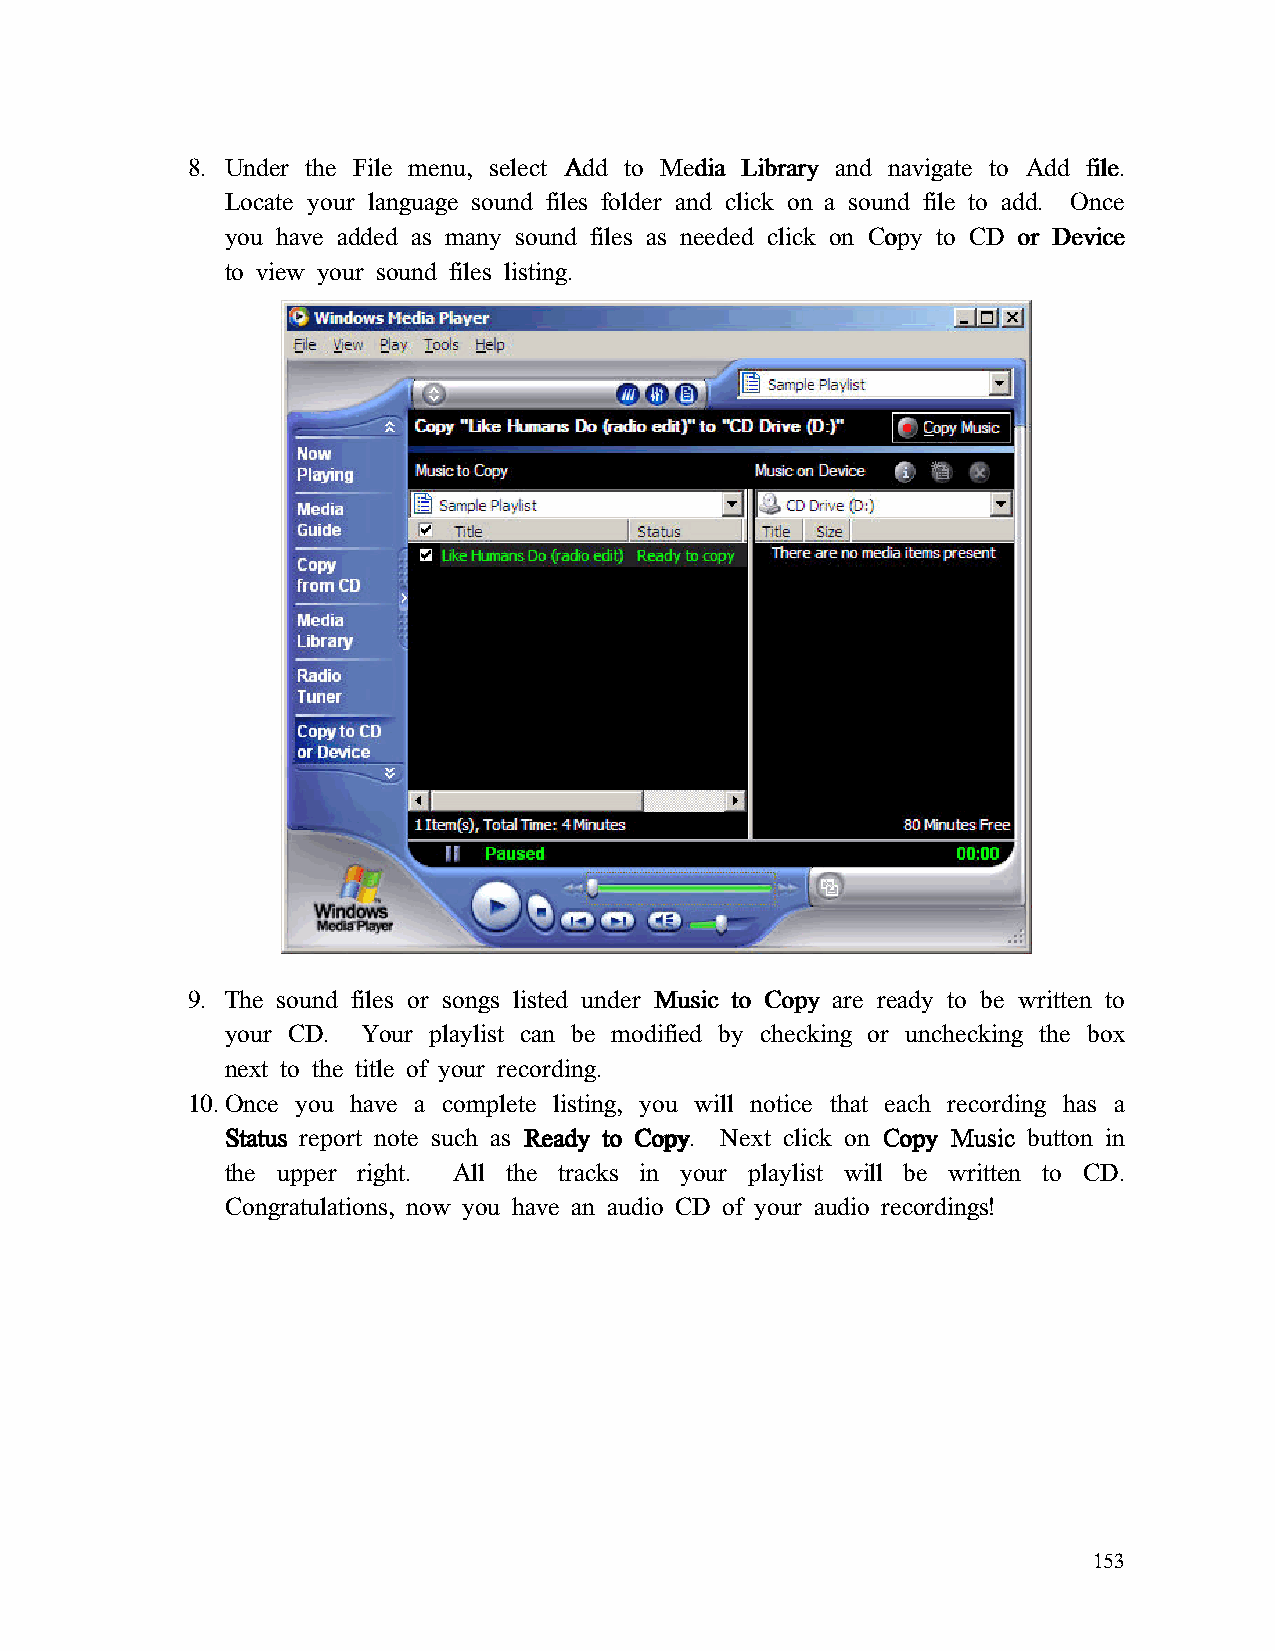
8. Under the File menu, select AAAAdddddddd ttttoooo MMMMeeeeddddiiiiaaaa LLLLiiiibbbbrrrraaaarrrryyyy and navigate to AAAAdddddddd ffffiiiilllleeee.
 Locate your language sound files folder and click on a sound file to add. Once
 you have added as many sound files as needed click on CCCCooooppppyyyy ttttoooo CCCCDDDD oooorrrr DDDDeeeevvvviiiicccceeee
 to view your sound files listing.
 9. The sound files or songs listed under MMMMuuuussssiiiicccc ttttoooo CCCCooooppppyyyy are ready to be written to
 your CD. Your playlist can be modified by checking or unchecking the box
 next to the title of your recording.
 10. Once you have a complete listing, you will notice that each recording has a
 SSSSttttaaaattttuuuussss report note such as RRRReeeeaaaaddddyyyy ttttoooo CCCCooooppppyyyy. Next click on CCCCooooppppyyyy MMMMuuuussssiiiicccc button in
 the upper right. All the tracks in your playlist will be written to CD.
 Congratulations, now you have an audio CD of your audio recordings!
 153